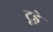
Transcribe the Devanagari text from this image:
टूड़े